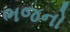
ભજનો